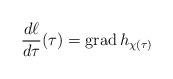
LaTeX: \begin{align*}\frac{d\ell}{d\tau}(\tau) = {\rm grad}\, h_{\chi(\tau)}\end{align*}